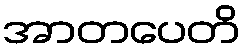
အာတပေတိ